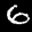
Label: 6